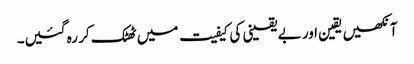
آنکھیں یقین اور بے یقینی کی کیفیت میں ٹھٹک کر رہ گئیں۔